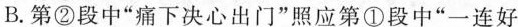
B.第②段中”痛下决心出门”照应第①段中”一连好